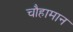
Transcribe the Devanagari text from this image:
चौहामान